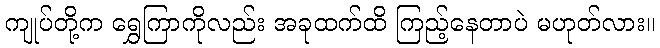
ကျုပ်တို့က ရွှေကြာကိုလည်း အခုထက်ထိ ကြည့်နေတာပဲ မဟုတ်လား။